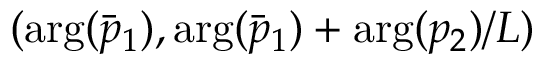
( \arg ( \bar { p } _ { 1 } ) , \arg ( \bar { p } _ { 1 } ) + \arg ( p _ { 2 } ) / L )